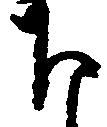
下